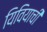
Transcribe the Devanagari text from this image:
यिवियाची